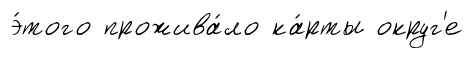
э́того прожива́ло ка́рты округ'е